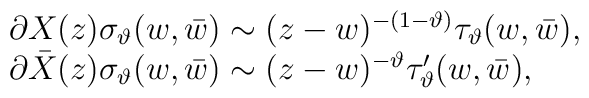
\begin{array}{l}\partial X(z) \sigma_{\vartheta}(w,\bar{w}) \sim(z-w)^{-(1-\vartheta)}\tau_{\vartheta}(w,\bar{w}), \\\partial \bar{X}(z) \sigma_{\vartheta}(w,\bar{w}) \sim(z-w)^{-\vartheta}\tau'_{\vartheta}(w,\bar{w}),\end{array}